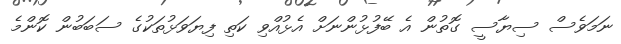
ނަމަވެސް ސިޔާސީ ގޮތުން އެ ބޭފުޅުންނަށް އެޅުއްވި ކަތި ފިޔަވަޅުތަކުގެ ސަބަބުން ކޮންމެ